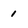
Character: 1